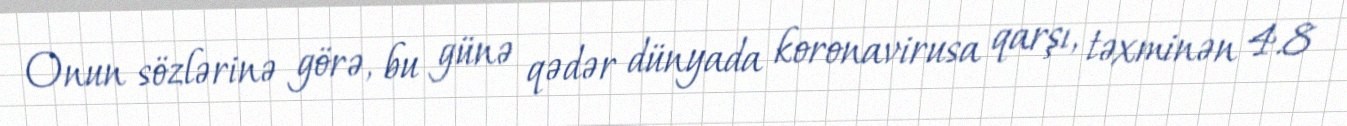
Onun sözlərinə görə, bu günə qədər dünyada koronavirusa qarşı, təxminən 4.8